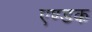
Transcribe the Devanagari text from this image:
एण्डक